Report on vaccination in the Province of Bengal - 1874-1889
Year: 1874
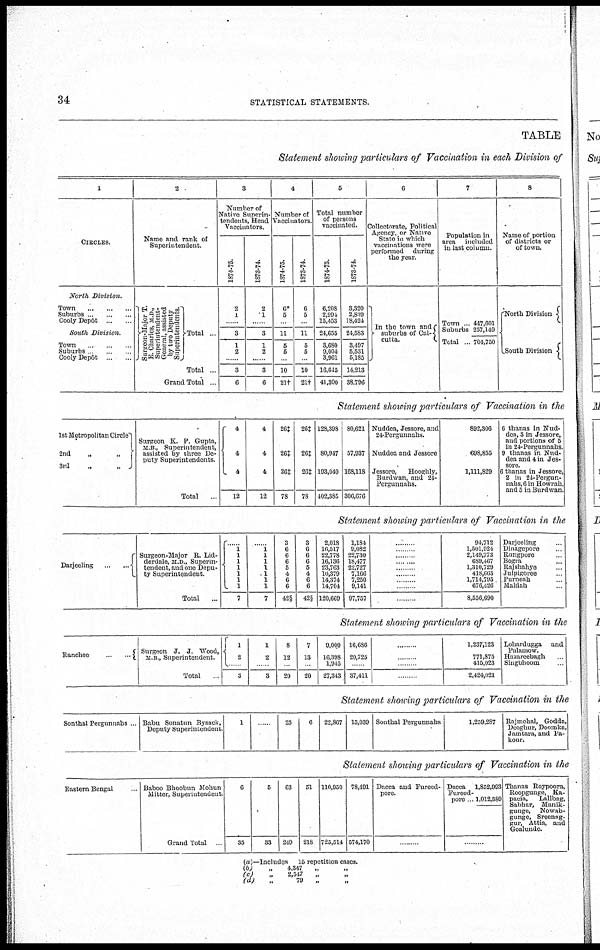
34
STATISTICAL STATEMENTS.
TABLE
Statement showing particulars of Vaccination in each Division of
1
CIRCLES.
North Division.
Town ... ... ...
Suburbs
...
...
Cooly Depôt ... ...
South Division.
Town ... ...
Suburbs ... ...
Cooly Depôt ... ...
2
Name and rank of
Superintendent.
Surgeon-Major T.
E. Charles, M.D.,
Superintendent-
General, assisted
by two Deputy
Superintendents.
Total
Total ...
Grand Total ...
3
Number of
Native Superinten-
dents,Head
Vaccintors.
1874-75.
2
1
...
3
1
2
......
3
6
1873-74.
2
1
...
3
1
2
......
3
6
4
Number of
Vaccinators.
1874-75.
6*
5
...
11
5
5
......
10
21 †
1873-74.
6
5
...
11
5
5
......
10
21†
5
Total number
of persons
vaccinated.
1874-75.
6,208
2,994
15,453
24,655
3,680
9,004
3,961
16,645
41,300
1873-74.
3,320
2,819
18,424
24,583
3,497
5,531
5,185
14,213
38,796
6
Collectorate, Political
Agency, or Native
State in which
vaccinations were
performed
during
the year.
In the town and
suburbs of Cal-
cutta.
7
Population in
area included
in last column.
Town ..
Suburbs
Total ..
447,601
257,149
704,750
8
Name of portion
of districts or
of town.
North Division
South Division
Statement showing particulars of Vaccination in the
1st Metropolitan Circle
2nd
„
„
3rd „ „
Surgeon K. P. Gupta,
M.B , Superintendent,
assisted by three De-
puty Superintendents.
Total ...
4
4
4
12
4
4
4
12
26‡
26‡
26‡
78
26‡
26‡
26‡
78
128,398
80,947
193,040
402,385
80,621
57,937
168,118
306,676
Nuddea, Jessore, and
24-Pergunnahs.
Nuddea and Jessore
Jessore,
Hooghly,
Burdwan, and 24-
Pergunnahs.
892,306
698,855
1,111,829
6 thanas in Nud-
dea, 3 in Jessore,
and portions of 5
in 24-Pergunnahs
9 thanas in Nud-
dea and 4 in Jes-
sore.
6 thanas in Jessore,
2 in 24-Pergun-
nahs, 6 in Howrah,
and 5 in Burdwan.
Statement showing particulars of Vaccination in the
Darjeeling
...
...
Surgeon-Major R. Lid-
derdale, M.D., Superin-
tendent, and one Depu-
ty Superintendent.
Total ...
......
1
1
1
1
1
1
1
7
......
1
1
1
1
1
1
1
7
3
6
6
6
5
4
6
6
42§
3
6
6
6
5
4
6
6
42§
2,018
16,517
22,778
16,136
23,763
10,379
14,374
14,704
120,669
1,184
9,082
22,730
18,477
22,727
7,166
7,250
9,141
97,757
.........
.........
.........
.........
......... .........
.........
.........
.........
94,712
1,501,924
2,149,772
689,467
1,310,729
418,665
1,714,795
676,426
8,556,690
Darjeeling
Dinagepore
Rungpore
Bogra
Rajshahye
Julpigoree
Purneah
Maldah
Statement showing particulars of Vaccination in the
Ranchee
...
Surgeon J. J.Wood,
M.B.,superintendent.
Total ...
1
2 ...
3
1
2
...
3
8
12
...
20
7
13
...
20
9,000
16,398
1,945
27,343
16,686
20,725
...
37,411
.........
.........
.........
.........
1,237,123
771,875
415,023
2,424,021
Lohardugga and
Palamow.
Hazareebagh
Singbhoom
Statement showing particulars of Vaccination in the
Sonthal Pergunnahs ... Babu Sonatun Bysack,
Deputy Superintendent.
1 ...
25
6
22,867 15,039 Sonthal Pergunnahs
1,259,287 Rajmehal, Godda,
Deoghur, Doomka,
Jamtara, and Pa-
kour.
Statement showing particulars of Vaccination in the
Eastern Bengal
Baboo Bhoobun Mohun
Mitter, Superintendent
Grand Total ...
6
35
5
33
63
249
51
218
110,950
725,514
78,491
574,170
Dacca and Fureed-
pore.
Dacca
Fureed-
pore
1,852,993
1,012,589
.........
Thanas Roypoora,
Roopgunge, Ka-
pacia,
Lallbag,
Sabhar, Manik-
gunge, Nowab-
gunge, Sreenag-
gur, Attia, and
Goalundo.
.........
(a)—Includes 15 repetition cases.
(b)
„
4,347
„
„
(c)
„
2,547 „ „
(d)
„
79 „ „